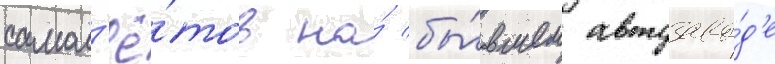
самол'ё́тов на́ бы́вшем автозаво́д'е